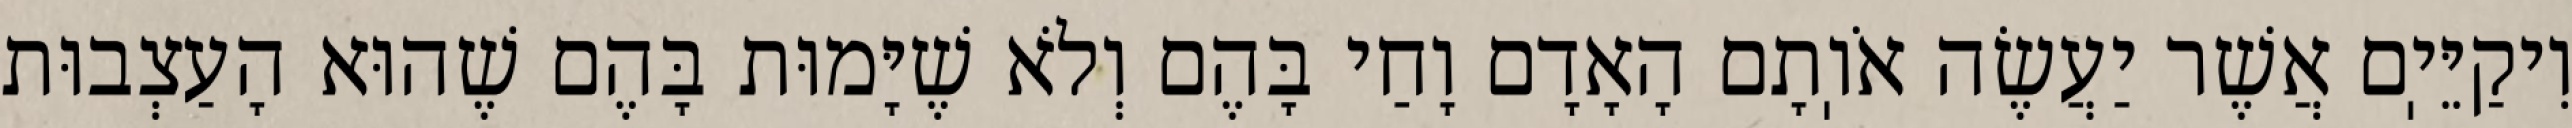
וִיקַיֵּיֽם אֲשֶׁר יַעֲשֶׂה אֹוֽתָם הָאָדָם וָחַי בָּהֶם וְלֹא שֶׁיָּמוּת בָּהֶם שֶׁהוּא הָעַצְבוּת